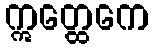
ဣတ္ထေကေ